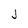
Character: J